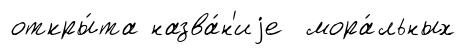
откры́та назва́н'иjе мора́льных